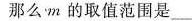
那么m的取值范围是_____。